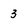
Character: 3